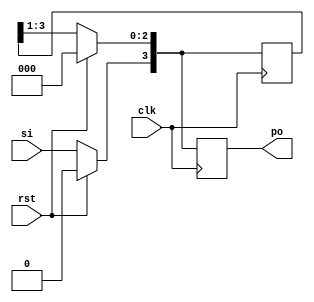
`timescale 1ns / 1ps
//////////////////////////////////////////////////////////////////////////////////
// Company: 
// Engineer: 
// 
// Design Name: 
// Module Name:    SIPO 
// Project Name: 
// Target Devices: 
// Tool versions: 
// Description: 
//
// Dependencies: 
//
// Revision: 
// Revision 0.01 - File Created
// Additional Comments: 
//
//////////////////////////////////////////////////////////////////////////////////
module SIPO(po,si,clk,rst);
input si;
input clk,rst;
output reg [3:0]po;
reg [3:0]temp;
always @(posedge clk)
begin
if(rst)
temp=4'b0000;
else
begin
temp=temp>>1;
temp[3]=si;
end
po=temp;
end
endmodule